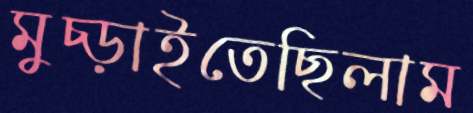
মুচ্‌ড়াইতেছিলাম